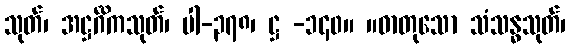
သုတ်၊ အဋ္ဌင်္ဂိကသုတ်၊ ပါ-၃၇၈၊ ဋ္ဌ -၁၄၀။ ။ဓာတုသော သံသန္ဓသုတ်၊